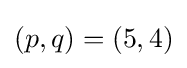
(p,q)=(5,4)